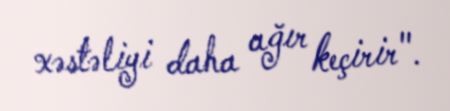
xəstəliyi daha ağır keçirir".